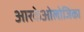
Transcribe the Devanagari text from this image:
आरकेओलोजिका